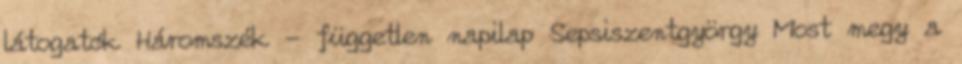
látogatók Háromszék - független napilap Sepsiszentgyörgy Most megy a